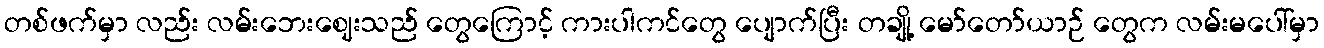
တစ်ဖက်မှာ လည်း လမ်းဘေးဈေးသည် တွေကြောင့် ကားပါကင်တွေ ပျောက်ပြီး တချို့ မော်တော်ယာဉ် တွေက လမ်းမပေါ်မှာ